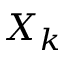
X _ { k }